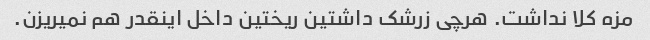
مزه کلا نداشت. هرچی زرشک داشتین ریختین داخل اینقدر هم نمیریزن.